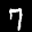
Label: 7